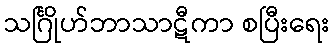
သင်္ဂြိုဟ်ဘာသာဋီကာ စပြီးရေး